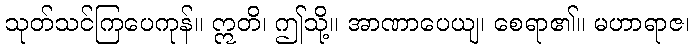
သုတ်သင်ကြပေကုန်။ ဣတိ၊ ဤသို့။ အာဏာပေယျ၊ စေရာ၏။ မဟာရာဇ၊